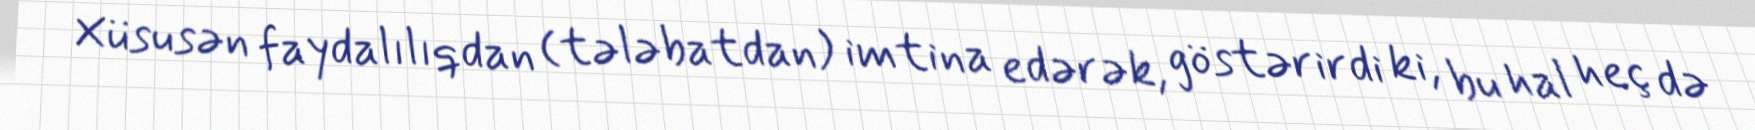
Xüsusən faydalılıqdan (tələbatdan) imtina edərək, göstərirdi ki, bu hal heç də